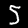
Label: 5